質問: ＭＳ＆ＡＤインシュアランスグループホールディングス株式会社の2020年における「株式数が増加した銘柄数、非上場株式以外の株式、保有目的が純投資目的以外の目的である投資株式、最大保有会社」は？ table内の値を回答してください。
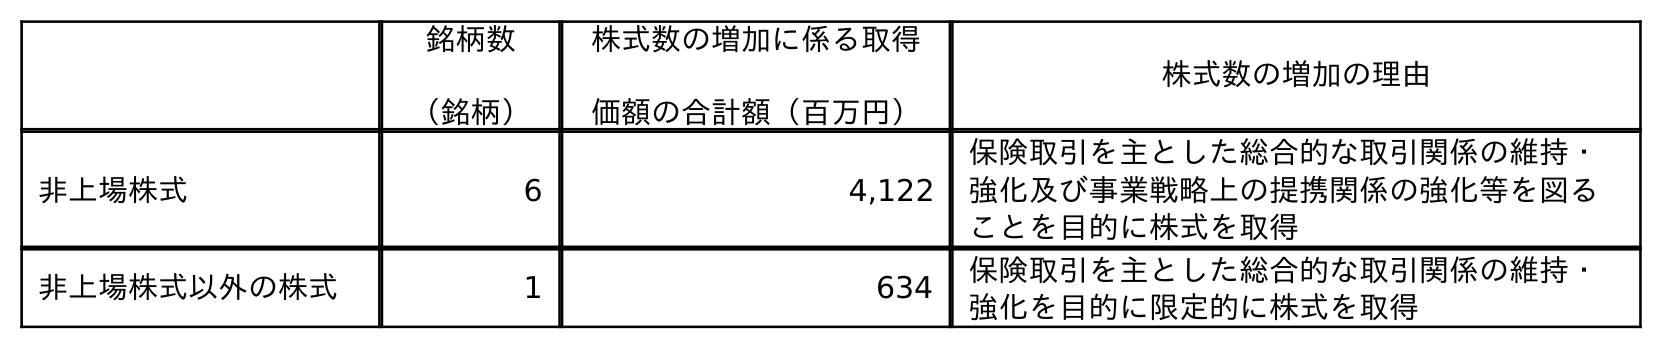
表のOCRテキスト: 銘柄数 （銘柄） 株式数の増加に係る取得 価額の合計額（百万円） 株式数の増加の理由 非上場株式 6 4,122 保険取引を主とした総合的な取引関係の維持・ 強化及び事業戦略上の提携関係の強化等を図る ことを目的に株式を取得 非上場株式以外の株式 1 634 保険取引を主とした総合的な取引関係の維持・ 強化を目的に限定的に株式を取得
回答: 1